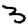
Digit: 3